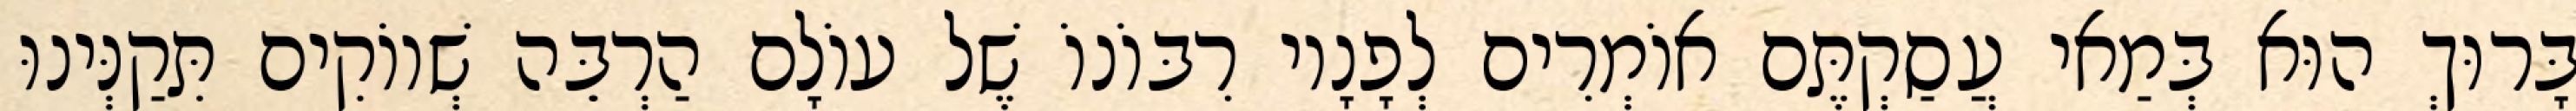
בָּרוּךְ הוּא בְּמַאי עֲסַקְתֶּם אוֹמְרִים לְפָנָיו רִבּוֹנוֹ שֶׁל עוֹלָם הַרְבֵּה שְׁווֹקִים תִּקַנְּינוּ